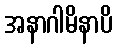
အနာဂါမိနာပိ